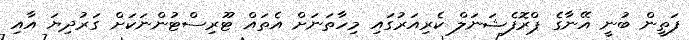
ފަތީން ބުނީ އޭނާގެ ޕްރޮފެޝަނަލް ކެރިއަރުގައި މިހާތަނަށް އެތައް ޓޫރިސްޓުންނަކަށް ގަރުދިޔަ އާއި